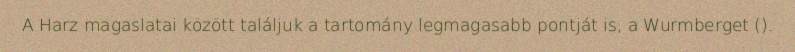
A Harz magaslatai között találjuk a tartomány legmagasabb pontját is, a Wurmberget ().